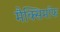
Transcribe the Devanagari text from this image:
मैक्सिमाॅफ